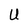
Character: U